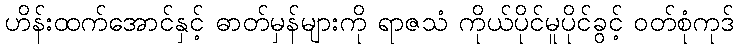
ဟိန်းထက်အောင်နှင့် ဓာတ်မှန်များကို ရာဇသံ ကိုယ်ပိုင်မူပိုင်ခွင့် ဝတ်စုံကုဒ်